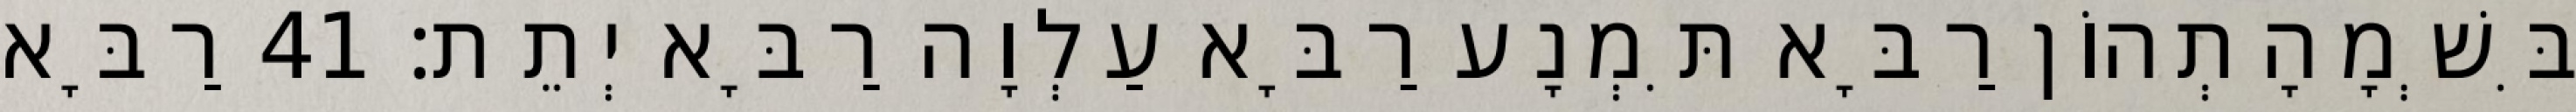
בִּשְׁמָהָתְהוֹן רַבָּא תִּמְנָע רַבָּא עַלְוָה רַבָּא יְתֵת׃ 41 רַבָּא